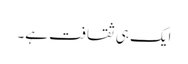
ایک ہی ثقافت ہے۔